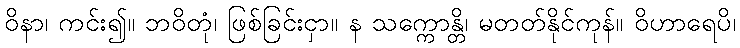
ဝိနာ၊ ကင်း၍။ ဘဝိတုံ၊ ဖြစ်ခြင်းငှာ။ န သက္ကောန္တိ၊ မတတ်နိုင်ကုန်။ ဝိဟာရေပိ၊